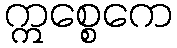
ဣစ္စေကေ